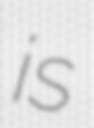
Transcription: is